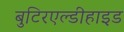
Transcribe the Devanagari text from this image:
बुटिरएल्डीहाइड